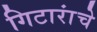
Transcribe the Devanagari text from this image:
गिटारांचे